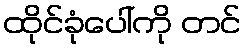
ထိုင်ခုံပေါ်ကို တင်